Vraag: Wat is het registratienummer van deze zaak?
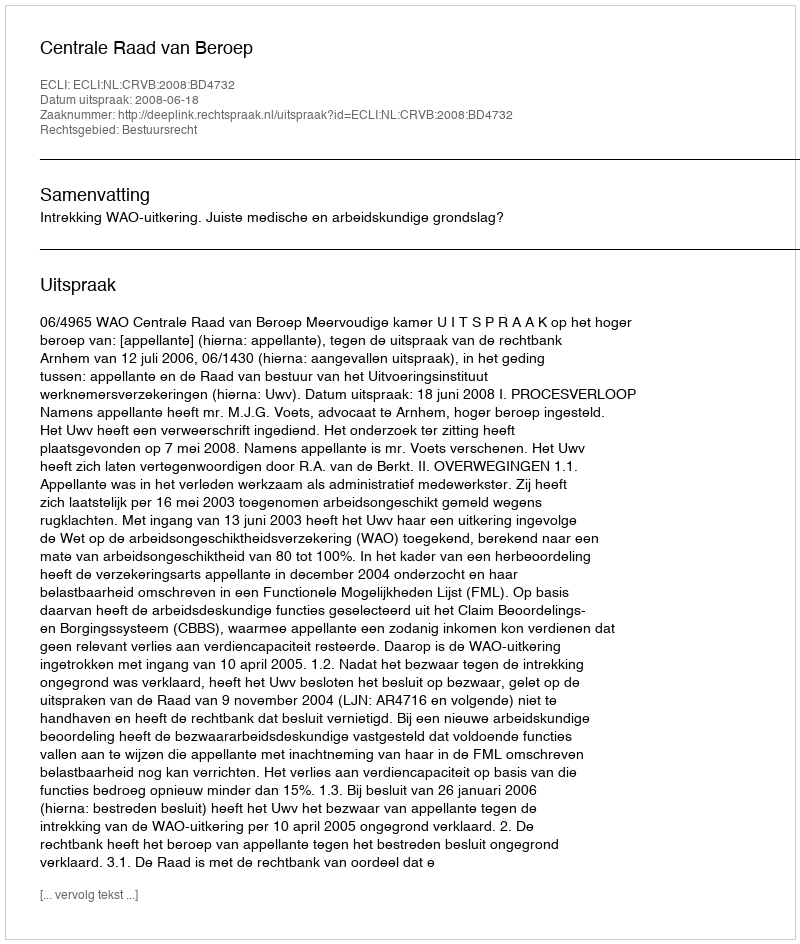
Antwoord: http://deeplink.rechtspraak.nl/uitspraak?id=ECLI:NL:CRVB:2008:BD4732